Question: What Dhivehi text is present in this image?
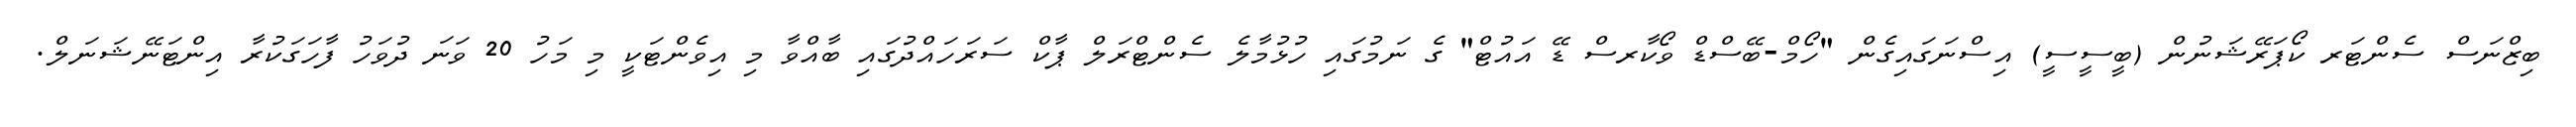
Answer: ބިޒްނަސް ސެންޓަރ ކޯޕަރޭޝަނުން (ބީސީސީ) އިސްނަގައިގެން "ހޯމް-ބޭސްޑް ވޯކާރސް ޑޭ އައުޓް" ގެ ނަމުގައި ހުޅުމާލެ ސެންޓްރަލް ޕާކް ސަރަހައްދުގައި ބާއްވާ މި އިވެންޓަކީ މި މަހު 20 ވަނަ ދުވަހު ފާހަގަކުރާ އިންޓަނޭޝަނަލް.